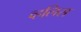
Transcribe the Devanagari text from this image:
व्हलिस